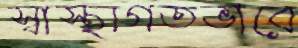
স্বাস্থ্যগতভাবে